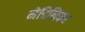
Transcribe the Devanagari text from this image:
मेदिनिकर